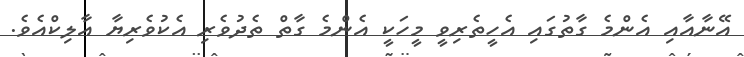
އޭނާއާއި އެންމެ ގާތުގައި އެހީތެރިވީ މީހަކީ އެންމެ ގާތް ތެދުވެރި އެކުވެރިޔާ އާލިކްއެވެ.